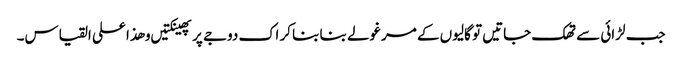
جب لڑائی سے تھک جاتیں تو گالیوں کے مرغولے بنا بنا کر اک دوجے پر پھینکتیں و ھذا علی القیاس۔